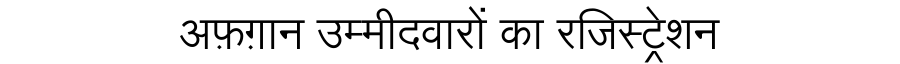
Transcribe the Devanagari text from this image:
अफ़ग़ान उम्मीदवारों का रजिस्ट्रेशन